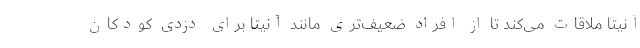
آنیتا ملاقات می‌کند تا از افراد ضعیف‌تری مانند آنیتا برای دزدی کودکان